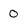
Character: 0